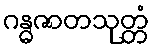
ဂန္ဓဇာတသုတ္တံ